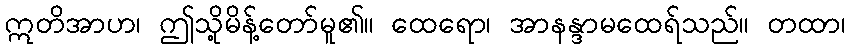
ဣတိအာဟ၊ ဤသို့မိန့်တော်မူ၏။ ထေရော၊ အာနန္ဒာမထေရ်သည်။ တထာ၊